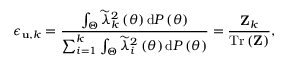
\epsilon _ { { \bf u } , k } = \frac { \int _ { \Theta } { \widetilde \lambda } _ { k } ^ { 2 } \left( \theta \right) \mathrm { d } { \cal P } \left( \theta \right) } { \sum _ { i = 1 } ^ { k } \int _ { \Theta } { \widetilde \lambda } _ { i } ^ { 2 } \left( \theta \right) \mathrm { d } { \cal P } \left( \theta \right) } = \frac { { \bf { Z } } _ { k } } { \mathrm { { T r } } \left( { \bf { Z } } \right) } ,